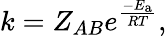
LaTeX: k=Z_{AB}e^{\frac{-E_{\mathrm{{a}}}}{RT}},